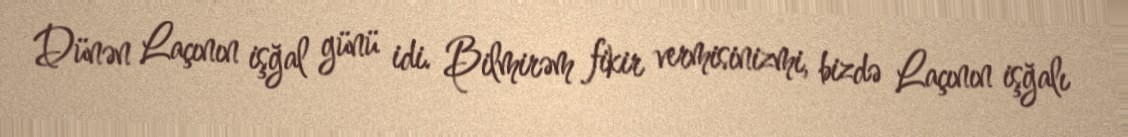
Dünən Laçının işğal günü idi. Bilmirəm fikir vermisinizmi, bizdə Laçının işğalı